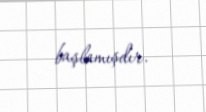
başlamışdır.